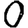
Digit: 0